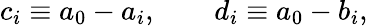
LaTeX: c_{i}\equiv a_{0}-a_{i},\qquad d_{i}\equiv a_{0}-b_{i},